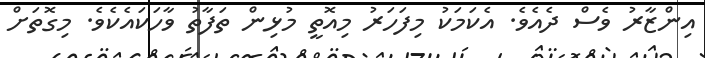
އިންޒާރު ވެސް ދެއެވެ. އެކަމަކު މިފަހަރު މިއޮތީ މުޅިން ތަފާތު ވާހަކައެކެވެ. މިގޮތަށް